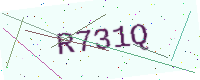
Text: R731Q